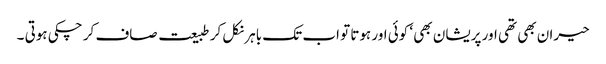
حیران بھی تھی اور پریشان بھی ‘ کوئی اور ہوتا تو اب تک باہر نکل کر طبیعت صاف کر چکی ہوتی ۔